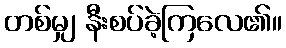
တစ်မျှ နီးစပ်ခဲ့ကြလေ၏။